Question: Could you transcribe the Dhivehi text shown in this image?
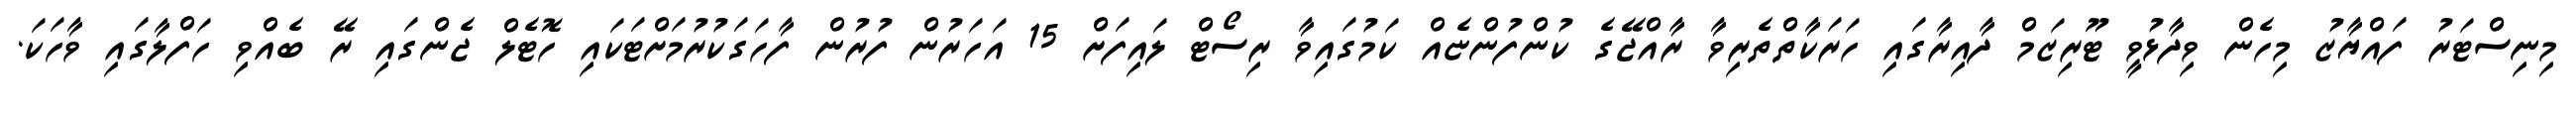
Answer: މިނިސްޓަރު ފައްޔާޒު މިހެން ވިދާޅުވީ ޓޫރިޒަމް ދާއިރާގައި ހަރަކާތްތެރިވާ ރާއްޖޭގެ ކުންފުންޏެއް ކަމުގައިވާ ރިސޯޓް ލައިފަށް 15 އަހަރުން ފުރުން ފާހަގަކުރުމަށްޓަކައި ހޮޓެލް ޖެންގައި ރޭ ބެއްވި ހަފްލާގައި ވާހަކަ.